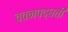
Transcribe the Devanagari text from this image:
वतनपद्धती